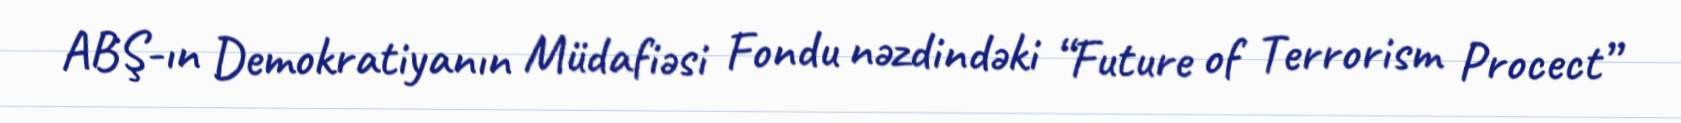
ABŞ-ın Demokratiyanın Müdafiəsi Fondu nəzdindəki “Future of Terrorism Procect”